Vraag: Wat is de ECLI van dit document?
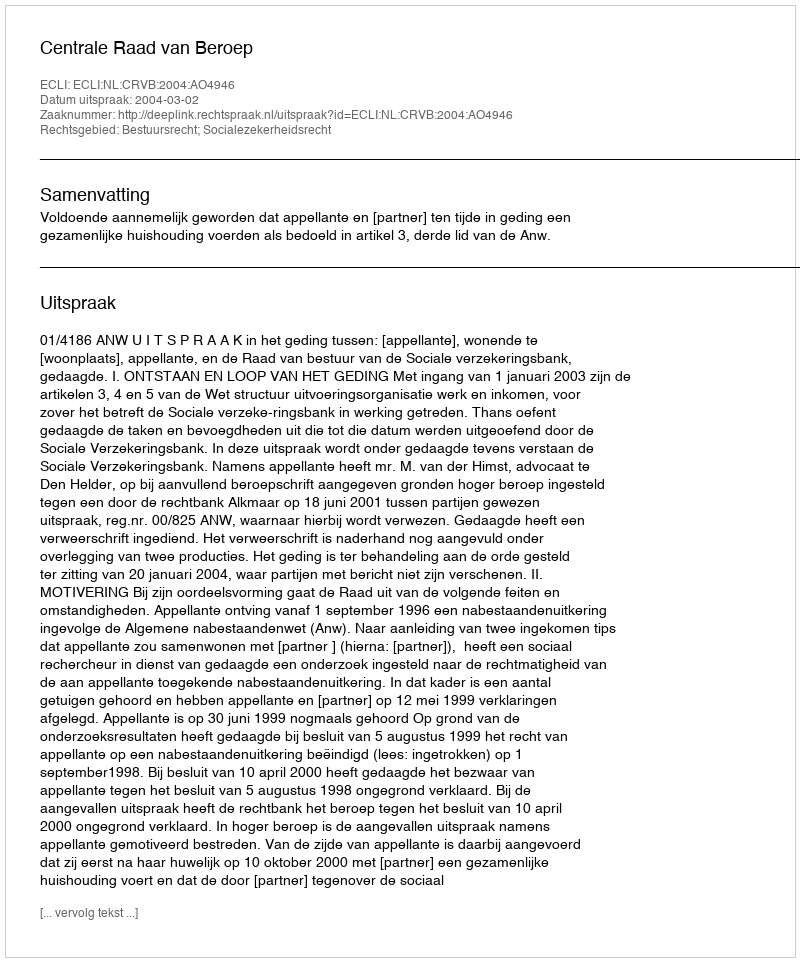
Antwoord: ECLI:NL:CRVB:2004:AO4946